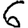
Digit: 6